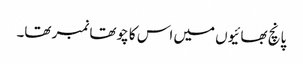
پانچ بھائیوں میں اس کا چوتھا نمبر تھا۔